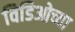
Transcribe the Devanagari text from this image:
विडिओच्या